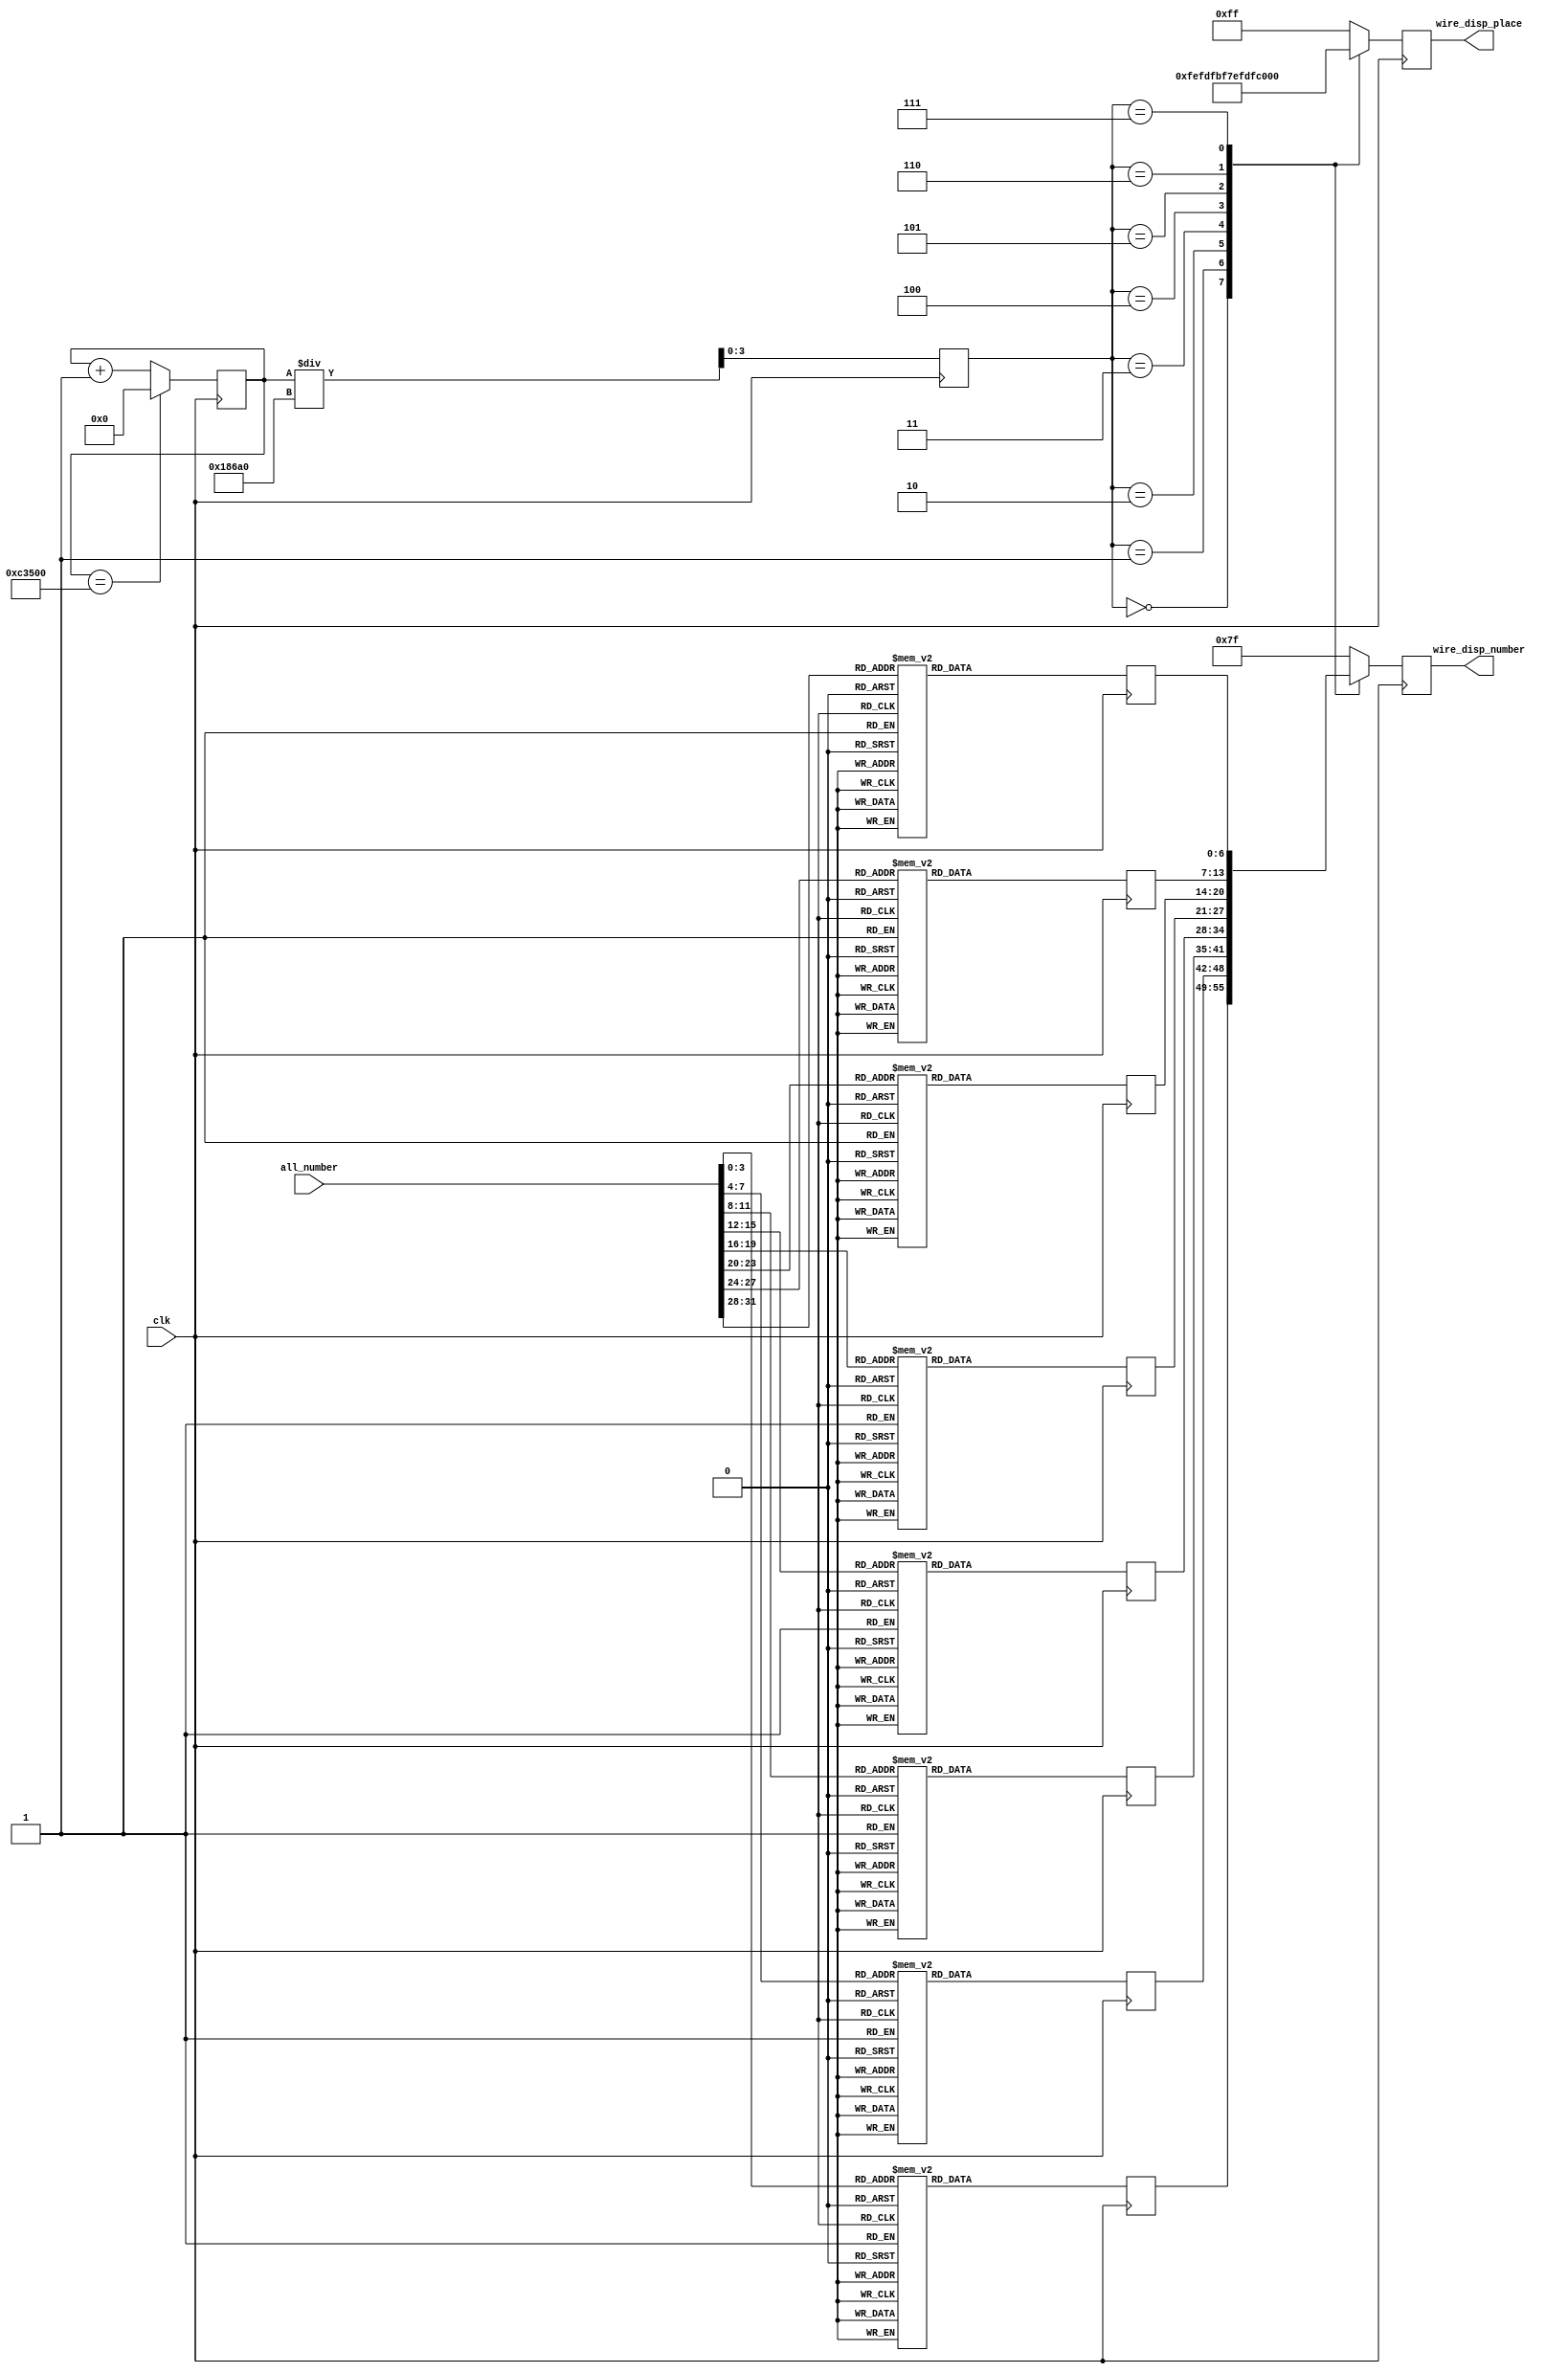
module display(
    //input [0:7] display_place,
    input [31:0] all_number, //4BCD
    input clk,
    output  [7:0] wire_disp_place,
    output  [6:0] wire_disp_number
);
    reg [7:0] disp_place;
    assign wire_disp_place = disp_place;
    reg [6:0] disp_number;
    assign wire_disp_number = disp_number;
    reg [19:0] times;  
    reg [3:0] n;
    reg [6:0] number[7:0];
    initial times = 0; 
    
    reg [19:0] count = 19'b0;
     reg  clk_1k = 1'b0;
     //1K
     always @ (posedge clk)  
         begin  
             if(count == 100000)  
                 begin
                     count <= 19'b0;
                     clk_1k <= ~clk_1k;
                 end
             else 
                 count <= count + 19'b1;
         end
     
    
   // reg [31:0] all_number=32'h12345678; //4BCD
    always @ (posedge clk)  
        begin  
            if(times == 800000)  
                times = 20'b0;
            else 
                times = times + 20'b1;
        end
    
    reg [3:0] i;
    reg [3:0] temp;
   always @ (posedge clk)
        begin
            for(i=0;i<8;i=i+1)
            begin
                case(i)
                    0: temp = all_number[3:0];
                    1: temp = all_number[7:4];
                    2: temp = all_number[11:8];
                    3: temp = all_number[15:12];
                    4: temp = all_number[19:16];
                    5: temp = all_number[23:20];
                    6: temp = all_number[27:24];
                    7: temp = all_number[31:28];                    
                endcase
                case(temp)
                    4'b0000: number[i] <= 7'b1000000; //0
                    4'b0001: number[i] <= 7'b1111001  ;
                    4'b0010: number[i] <= 7'b0100100  ;
                    4'b0011: number[i] <= 7'b0110000  ;
                    4'b0100: number[i] <= 7'b0011001  ; //4
                    4'b0101: number[i] <= 7'b0010010  ;
                    4'b0110: number[i] <= 7'b0000010  ;
                    4'b0111: number[i] <= 7'b1111000  ; 
                    4'b1000: number[i] <= 7'b0000000  ;
                    4'b1001: number[i] <= 7'b0010000  ; //9
                    default: number[i] <= 7'b111_1111; //                                       
                endcase 
            end
        end
        
        
    always@ (posedge clk)  
        begin
             n <= times / 100000;
            case(n)
                3'b000: 
                    begin
                        disp_place<=8'b1111_1110;
                        disp_number <= number[0]; //0
                    end
                3'b001: 
                    begin
                        disp_place<=8'b1111_1101;
                        disp_number <= number[1]; //0
                    end
                3'b010:
                    begin 
                        disp_place<=8'b1111_1011;
                        disp_number <= number[2]; //0
                    end
                3'b011: 
                    begin 
                        disp_place<=8'b1111_0111;
                        disp_number <= number[3]; //0
                    end
                3'b100: 
                    begin 
                        disp_place<=8'b1110_1111;
                        disp_number <= number[4]; //0
                     end
                3'b101: 
                     begin 
                        disp_place<=8'b1101_1111;
                        disp_number <= number[5]; //0
                     end               
                3'b110: 
                     begin 
                        disp_place<=8'b1011_1111;
                        disp_number <= number[6]; //0
                     end                   
                3'b111: 
                      begin 
                        disp_place<=8'b0111_1111;
                        disp_number <= number[7]; //0
                      end   
                 default:
                    begin
                        disp_place<=8'b1111_1111;
                        disp_number<=7'b111_1111;   
                    end                 
            endcase
        end

endmodule